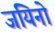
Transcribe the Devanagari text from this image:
जयिनो